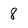
Character: 8